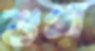
শুখা